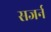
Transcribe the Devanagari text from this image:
सजर्न